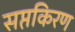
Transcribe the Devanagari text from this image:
सप्तकिरण